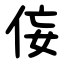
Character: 侫